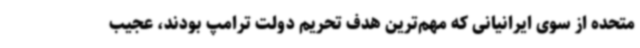
متحده از سوی ایرانیانی که مهم‌ترین هدف تحریم دولت ترامپ بودند، عجیب